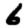
Digit: 6